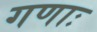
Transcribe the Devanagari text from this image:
गणाः